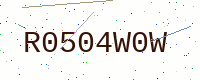
Text: R0504W0W